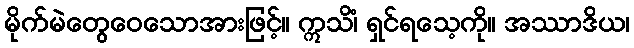
မိုက်မဲတွေဝေသောအားဖြင့်။ ဣသိံ၊ ရှင်ရသေ့ကို။ အဿာဒိယ၊